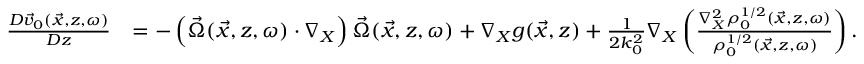
\begin{array} { r l } { \frac { D \vec { v } _ { 0 } ( \vec { x } , z , \omega ) } { D z } } & { = - \left( \vec { \Omega } ( \vec { x } , z , \omega ) \cdot \nabla _ { X } \right) \vec { \Omega } ( \vec { x } , z , \omega ) + \nabla _ { X } g ( \vec { x } , z ) + \frac { 1 } { 2 k _ { 0 } ^ { 2 } } \nabla _ { X } \left( \frac { \nabla _ { X } ^ { 2 } \rho _ { 0 } ^ { 1 / 2 } ( \vec { x } , z , \omega ) } { \rho _ { 0 } ^ { 1 / 2 } ( \vec { x } , z , \omega ) } \right) . } \end{array}